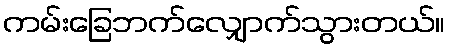
ကမ်းခြေဘက်လျှောက်သွားတယ်။